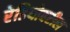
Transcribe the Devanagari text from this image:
रेडियोवरील